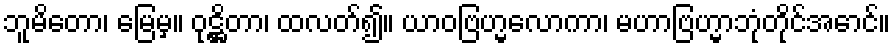
ဘူမိတော၊ မြေမှ။ ဝုဋ္ဌိတာ၊ ထလတ်၍။ ယာဝဗြဟ္မလောကာ၊ မဟာဗြဟ္မာဘုံတိုင်အောင်။